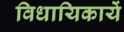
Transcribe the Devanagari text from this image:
विधायिकायें